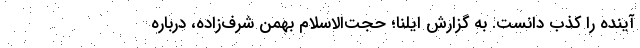
آینده را کذب دانست. به گزارش ایلنا؛ حجت‌الاسلام بهمن شرف‌زاده، درباره